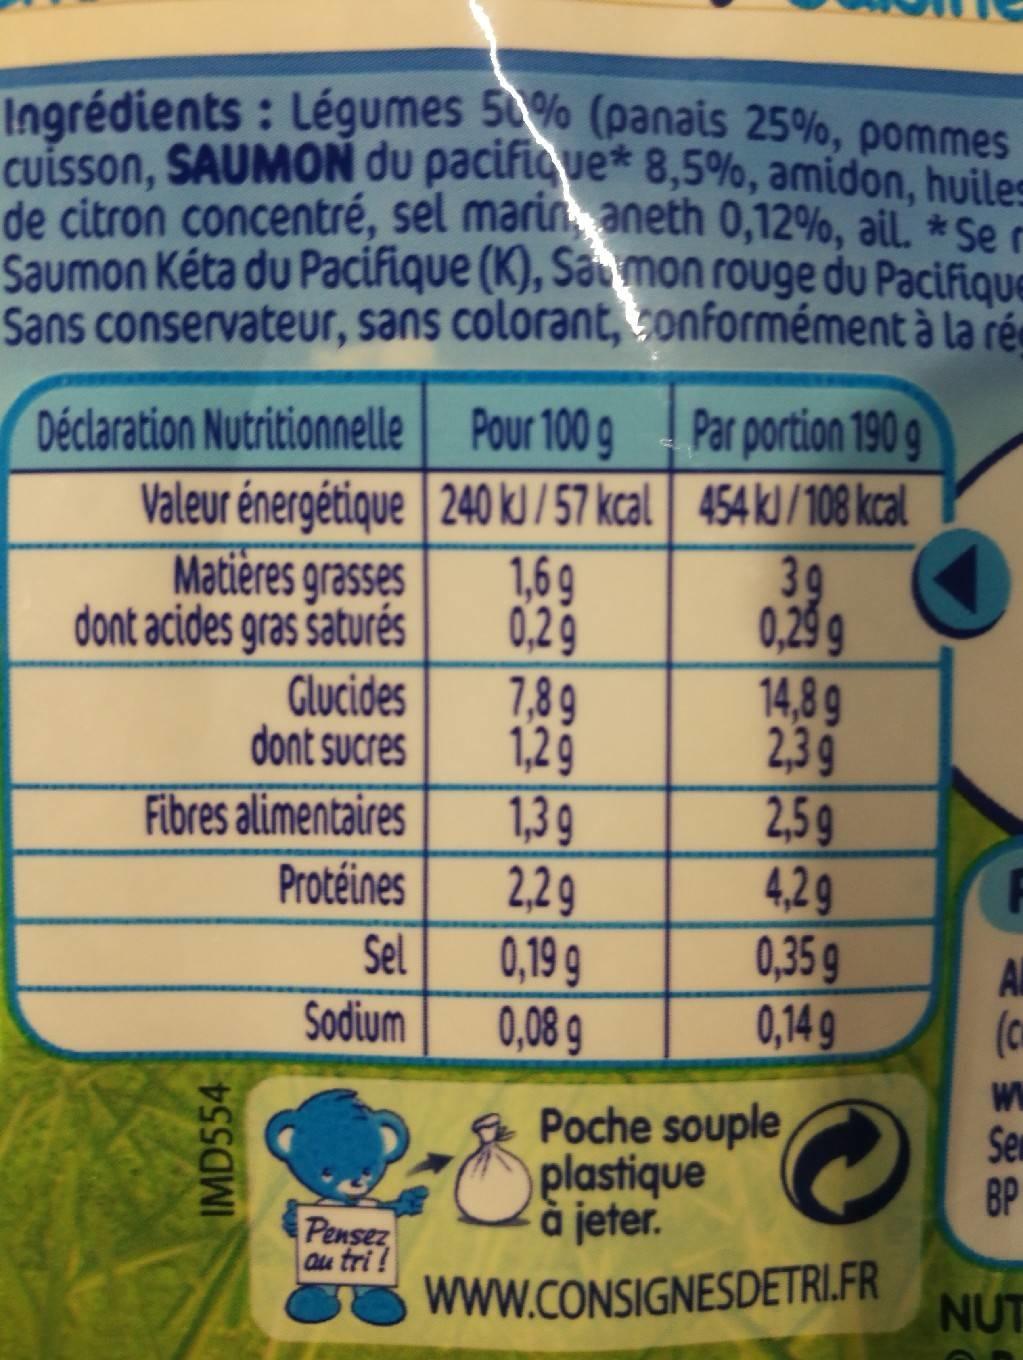
Ingrédients: Légumes 50% (panais 25%, pommes cuisson, SAUMON du pacifique* 8,5%, amidon, huiles de citron concentré, sel marin aneth 0,12%, ail. *Se r Saumon Kéta du Pacifique (K), Saumon rouge du Pacifique Sans conservateur, sans colorant, conformément à la ré
Déclaration Nutritionnelle Pour 100 g
Valeur énergétique 240 kJ/57 kcal
1,69
0,29
Matières grasses
dont acides gras saturés
Glucides
dont sucres
Fibres alimentaires
Protéines
IMD554
Sel
Sodium
Pensez au tri!
7,89
1,2 g
1,3 g
2,29
0,19 g
0,08 g
Par portion 190 g
454 kJ/108 kcal
3g
0,29 g
14,8 g
2,39
2,59
4,29
0,35 g
0,14 g
Poche souple
plastique à jeter.
WWW.CONSIGNESDETRI.FR
Al
(c
W
Sem
BP
NUT